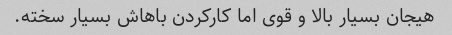
هیجان بسیار بالا و قوی اما کارکردن باهاش بسیار سخته.